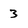
Character: 3